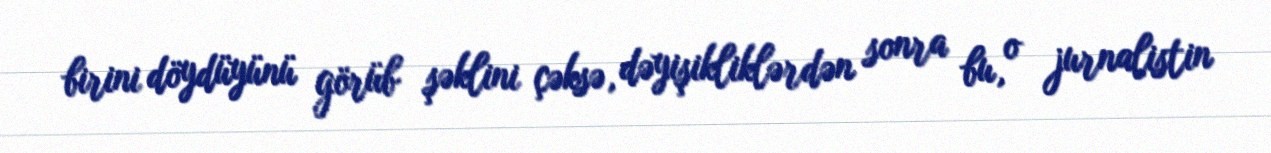
birini döydüyünü görüb şəklini çəksə, dəyişikliklərdən sonra bu, o jurnalistin